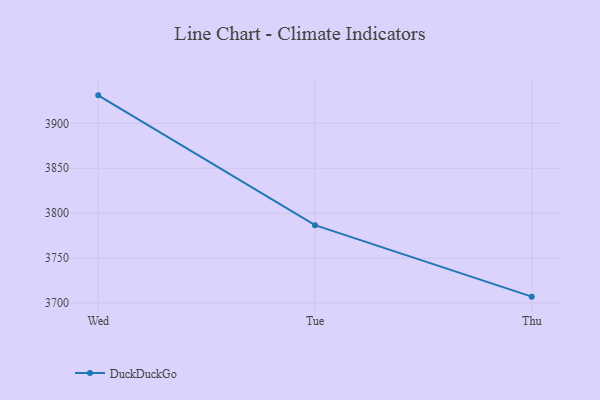
{"axis": {"x": "Day", "y": "Headcount"}, "legend": ["DuckDuckGo"], "data": [{"x": "Wed", "y": 3931.1, "type": "DuckDuckGo"}, {"x": "Tue", "y": 3786.6, "type": "DuckDuckGo"}, {"x": "Thu", "y": 3707.1, "type": "DuckDuckGo"}]}